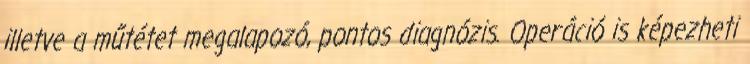
illetve a műtétet megalapozó, pontos diagnózis. Operáció is képezheti